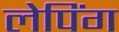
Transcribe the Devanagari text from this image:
लेपिंग